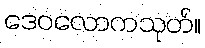
ဒေဝလောကသုတ်။